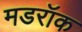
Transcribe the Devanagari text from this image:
मडरॉक